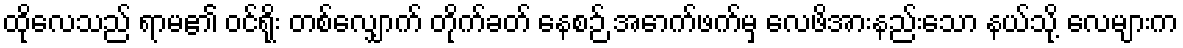
ထိုလေသည် ရာမ၏ ဝင်ရိုး တစ်လျှောက် တိုက်ခတ် နေစဉ် အောက်ဖက်မှ လေဖိအားနည်းသော နယ်သို့ လေများက